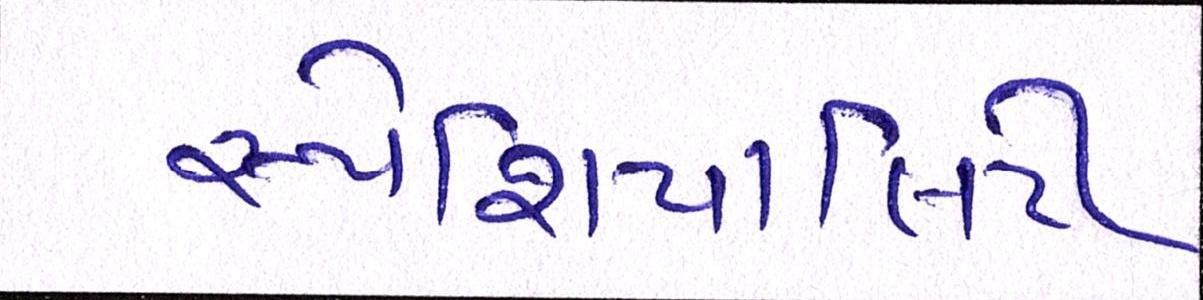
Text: સ્પેશિયાલિટી